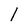
Character: 1